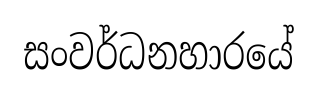
සංවර්ධනහාරයේ